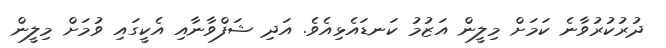
ދުރުކުރުވާނެ ކަމަށް މިލީން އަޒުމު ކަނޑައެޅިއެވެ. އަދި ޝަފްވާނާއި އެކީގައި ވުމަށް މިލީން